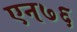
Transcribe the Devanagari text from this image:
एन७६